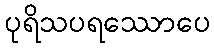
ပုရိသပရဿောပေ